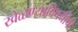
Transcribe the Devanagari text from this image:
खेळण्याविषयीची